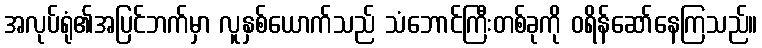
အလုပ်ရုံ၏အပြင်ဘက်မှာ လူနှစ်ယောက်သည် သံဘောင်ကြီးတစ်ခုကို ဝရိန်ဆော်နေကြသည်။